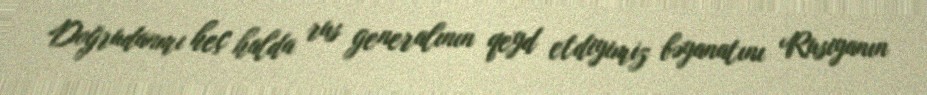
Doğrudanmı heç halda rus generalının qeyd etdiyimiz bəyanatını Rusiyanın